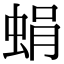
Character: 蜎